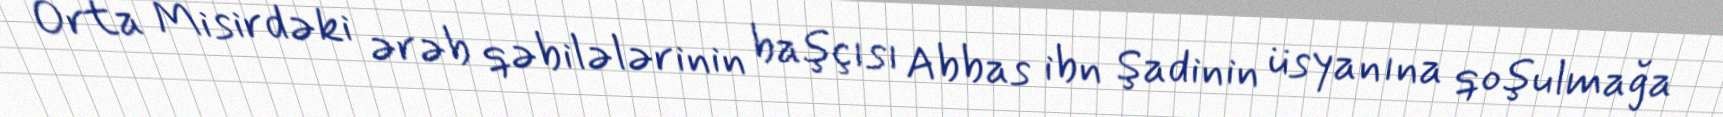
Orta Misirdəki ərəb qəbilələrinin başçısı Abbas ibn Şadinin üsyanına qoşulmağa